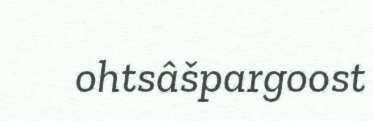
ohtsâšpargoost